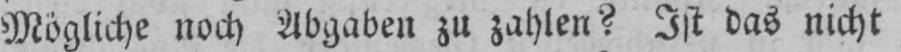
Mögliche noch Abgaben zu zahlen? Ist das nicht